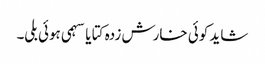
شاید کوئی خارش زدہ کتا یا سہمی ہوئی بلی۔